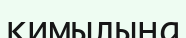
қимылына